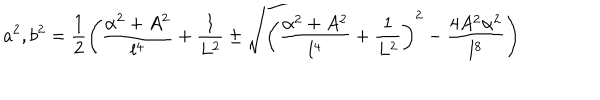
a ^ { 2 } , b ^ { 2 } = \frac { 1 } { 2 } \left( \frac { \alpha ^ { 2 } + A ^ { 2 } } { l ^ { 4 } } + \frac { 1 } { L ^ { 2 } } \pm \sqrt { \left( \frac { \alpha ^ { 2 } + A ^ { 2 } } { l ^ { 4 } } + \frac { 1 } { L ^ { 2 } } \right) ^ { 2 } - \frac { 4 A ^ { 2 } \alpha ^ { 2 } } { l ^ { 8 } } } \right)